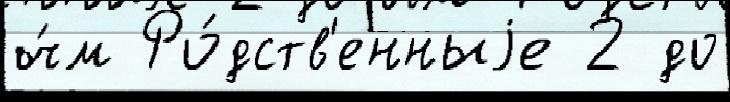
ч́м Ро́дств'енныjе 2 до